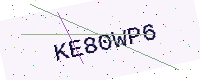
Text: KE80WP6